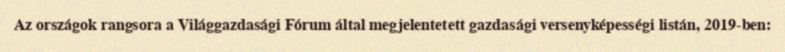
Az országok rangsora a Világgazdasági Fórum által megjelentetett gazdasági versenyképességi listán, 2019-ben: